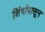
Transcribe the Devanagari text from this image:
शिंगांपासून